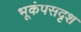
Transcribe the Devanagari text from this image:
भूकंपसदृश